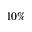
1 0 \%